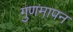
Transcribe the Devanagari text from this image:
गुणमापन